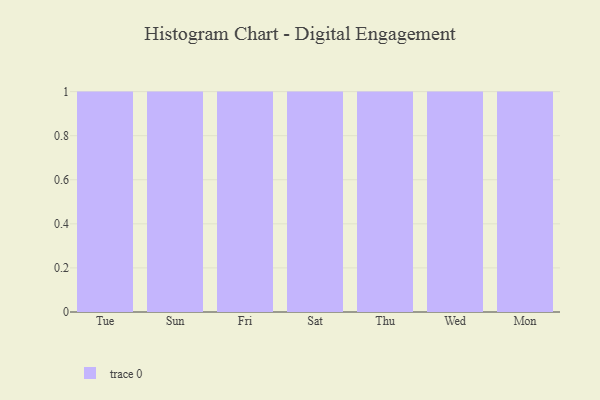
{"axis": {"x": "Day", "y": "Operating Costs (USD K)"}, "legend": [""], "data": [{"x": "Tue", "y": 31, "type": ""}, {"x": "Sun", "y": 62, "type": ""}, {"x": "Fri", "y": 54, "type": ""}, {"x": "Sat", "y": 90, "type": ""}, {"x": "Thu", "y": 91, "type": ""}, {"x": "Wed", "y": 22, "type": ""}, {"x": "Mon", "y": 12, "type": ""}]}